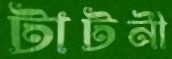
টাটনী